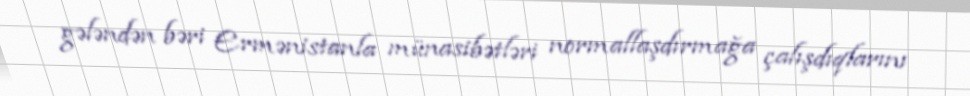
gələndən bəri Ermənistanla münasibətləri normallaşdırmağa çalışdıqlarını